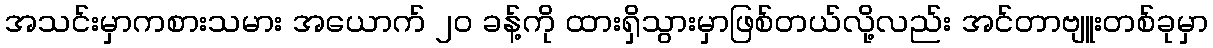
အသင်းမှာကစားသမား အယောက် ၂၀ ခန့်ကို ထားရှိသွားမှာဖြစ်တယ်လို့လည်း အင်တာဗျူးတစ်ခုမှာ